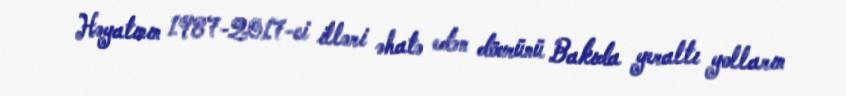
Həyatının 1987-2017-ci illəri əhatə edən dövrünü Bakıda yeraltı yolların